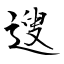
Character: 遚